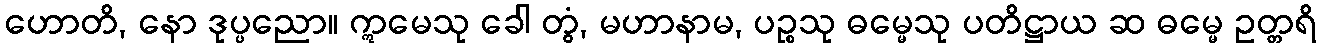
ဟောတိ, နော ဒုပ္ပညော။ ဣမေသု ခေါ တွံ, မဟာနာမ, ပဉ္စသု ဓမ္မေသု ပတိဋ္ဌာယ ဆ ဓမ္မေ ဥတ္တရိ